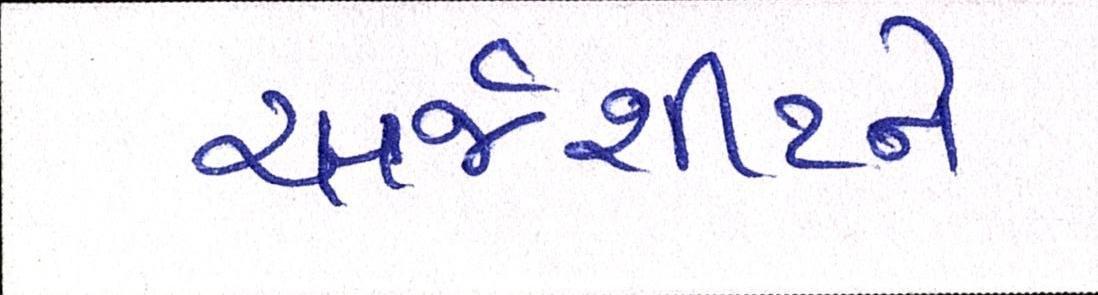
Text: ચાર્જશીટને